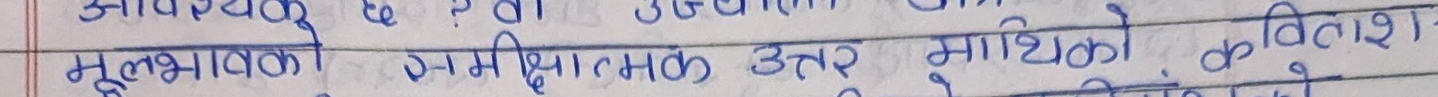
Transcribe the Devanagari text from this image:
आवश्यकता के? उत्प्रेरक उत्तराधिकारी
मूलभावको समीक्षात्मक उत्तर माधोको कविताश